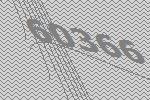
60366